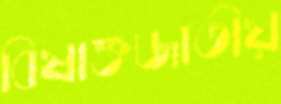
বিষাক্তজাতীয়